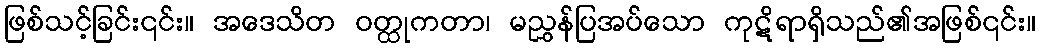
ဖြစ်သင့်ခြင်း၎င်း။ အဒေသိတ ဝတ္ထုကတာ၊ မညွှန်ပြအပ်သော ကုဋိရာရှိသည်၏အဖြစ်၎င်း။